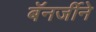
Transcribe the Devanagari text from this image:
बॅनर्जीने